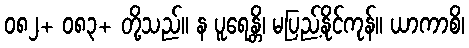
၀၈၂+ ၀၈၃+ တို့သည်။ န ပူရေန္တိ၊ မပြည့်နိုင်ကုန်။ ယာကာစိ၊